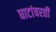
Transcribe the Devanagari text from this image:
घाटांवरती